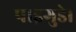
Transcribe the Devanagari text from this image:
पाइगुडे।